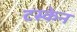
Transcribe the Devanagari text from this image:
टस्केन